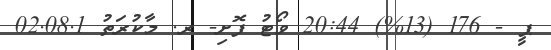
ޕީ - 176 (13%) 20:44 ވޯޓު ފޮށި- ރ. މާކުރަތު 02.08.1